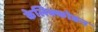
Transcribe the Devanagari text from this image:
केलिक्कोडन